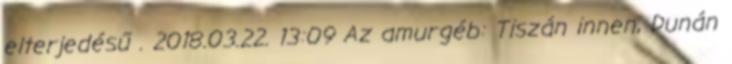
elterjedésű . 2018.03.22. 13:09 Az amurgéb: Tiszán innen, Dunán